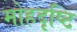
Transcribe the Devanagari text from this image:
मोहदृष्टि